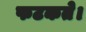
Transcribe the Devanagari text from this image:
फटकते।